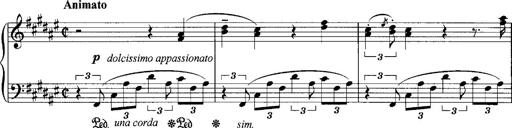
Title: klavierstÃ¼ck
Composer: Matias Ekert